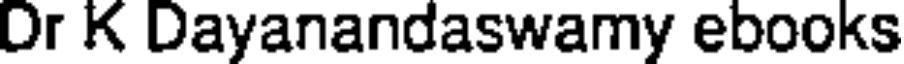
Dr K Dayanandaswamy ebooks